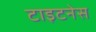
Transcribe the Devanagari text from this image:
टाइटनेस